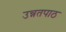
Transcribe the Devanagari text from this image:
उन्नतपाठ